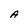
Character: A